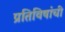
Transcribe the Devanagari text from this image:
प्रतिविषांची